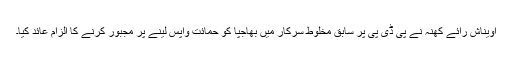
اویناش رائے کھنہ نے پی ڈی پی پر سابق مخلوط سرکار میں بھاجپا کو حمائت واپس لینے پر مجبور کرنے کا الزام عائد کیا۔